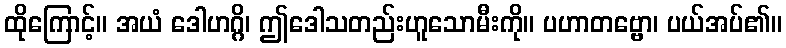
ထိုကြောင့်။ အယံ ဒေါဟဂ္ဂိ၊ ဤဒေါသတည်းဟူသောမီးကို။ ပဟာတဗ္ဗော၊ ပယ်အပ်၏။